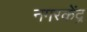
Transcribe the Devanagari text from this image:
नगरकेंद्र